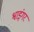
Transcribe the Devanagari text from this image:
श्वाइंगर